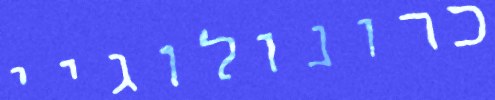
כרונולוגיי